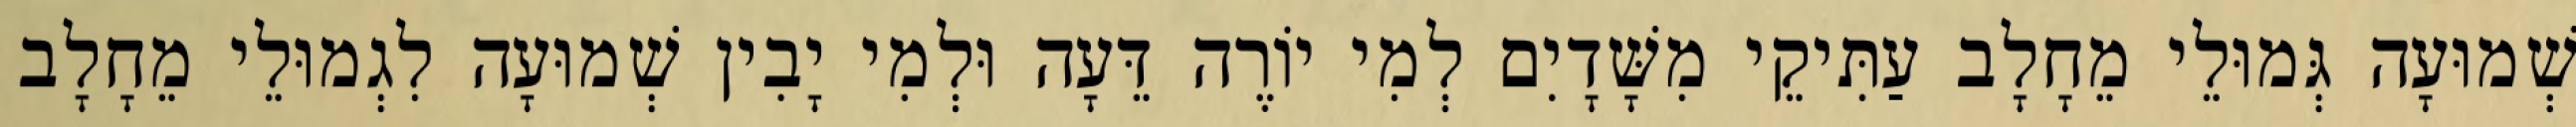
שְׁמוּעָה גְּמוּלֵי מֵחָלָב עַתִּיקֵי מִשָּׁדָיִם לְמִי יוֹרֶה דֵּעָה וּלְמִי יָבִין שְׁמוּעָה לִגְמוּלֵי מֵחָלָב